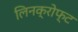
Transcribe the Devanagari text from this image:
लिनक्रोफ्ट